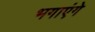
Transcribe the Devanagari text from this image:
भगाएंगे